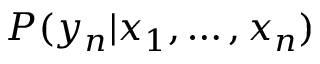
P ( y _ { n } { \mid } x _ { 1 } , \dots , x _ { n } )